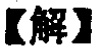
【解】